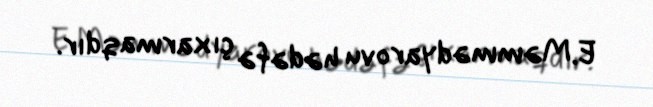
E.Məmmədyarovu hədəfə çıxarmaqdır.